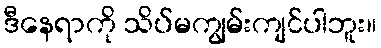
ဒီနေရာကို သိပ်မကျွမ်းကျင်ပါဘူး။